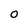
Character: O